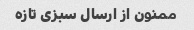
ممنون از ارسال سبزی تازه